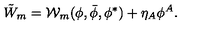
\tilde { W } _ { m } = { \cal W } _ { m } ( \phi , \bar { \phi } , \phi ^ { * } ) + \eta _ { A } \phi ^ { A } .